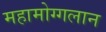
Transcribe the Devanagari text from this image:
महामोग्गलान